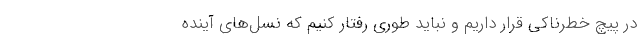
در پیچ خطرناکی قرار داریم و نباید طوری رفتار کنیم که نسل‌های آینده